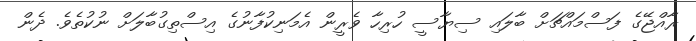
ރާއްޖޭގެ ފަސްމައްޗަށް ބާލައި ސިޔާސީ ހުރިހާ ވެރީން އެމަނިކުފާނުގެ އިސްތިގުބާލަށް ނުކުތެވެ. ދެން